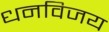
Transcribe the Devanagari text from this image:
धनविजय